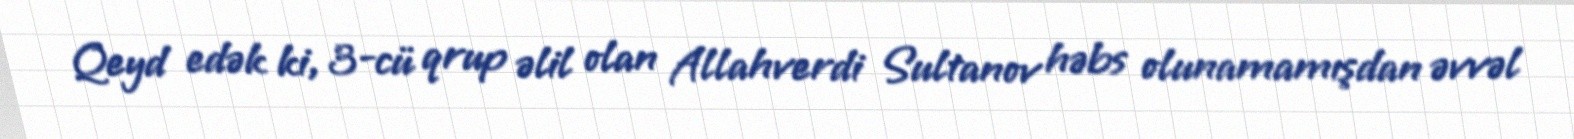
Qeyd edək ki, 3-cü qrup əlil olan Allahverdi Sultanov həbs olunamamışdan əvvəl